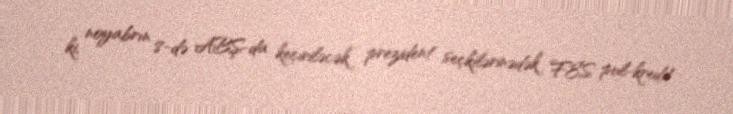
ki, noyabrın 8-də ABŞ-da keçiriləcək prezident seçkilərinədək FES pul-kredit